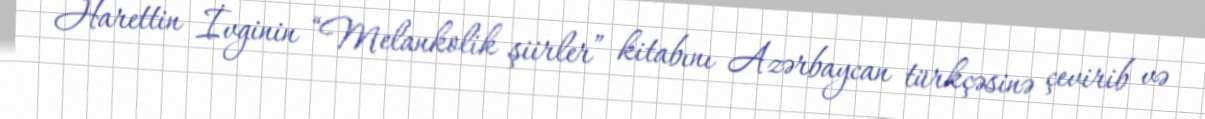
Harettin İvginin “Melankolik şiirler” kitabını Azərbaycan türkçəsinə çevirib və